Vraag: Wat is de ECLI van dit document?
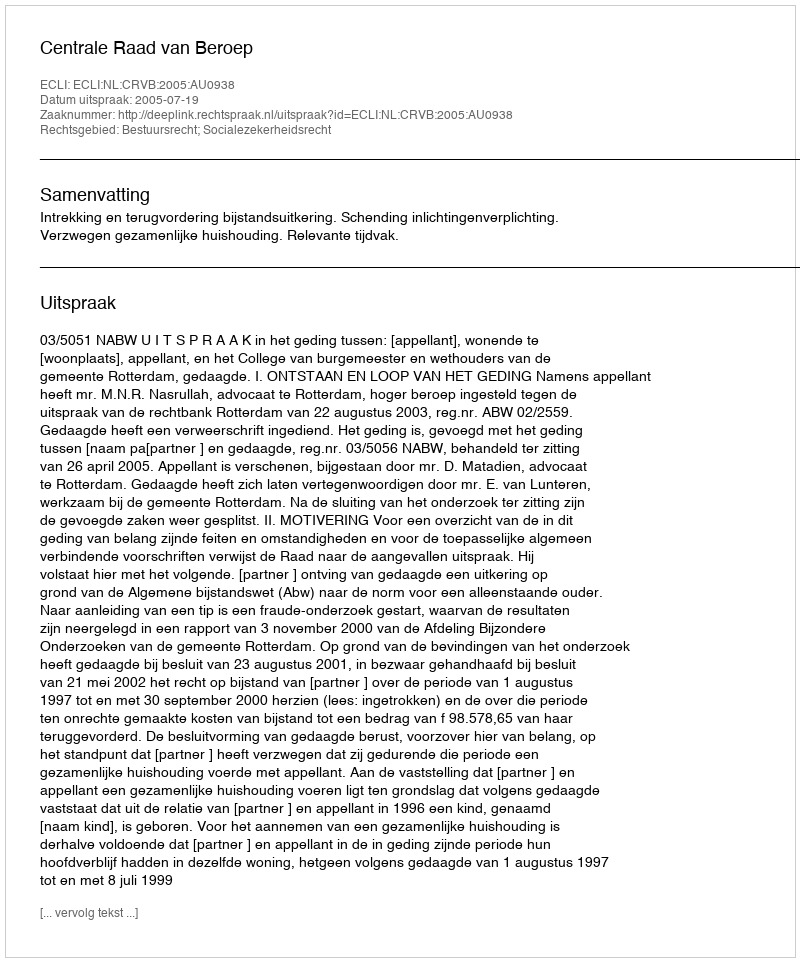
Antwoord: ECLI:NL:CRVB:2005:AU0938